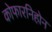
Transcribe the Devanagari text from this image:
कोफारनिहोन